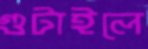
গুটাইলে